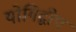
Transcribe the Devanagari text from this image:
योगिद्वीप